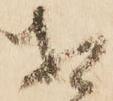
相